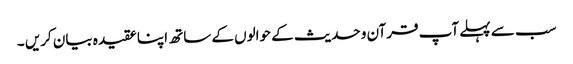
سب سے پہلے آپ قرآن و حدیث کے حوالوں کے ساتھ اپنا عقیدہ بیان کریں ۔